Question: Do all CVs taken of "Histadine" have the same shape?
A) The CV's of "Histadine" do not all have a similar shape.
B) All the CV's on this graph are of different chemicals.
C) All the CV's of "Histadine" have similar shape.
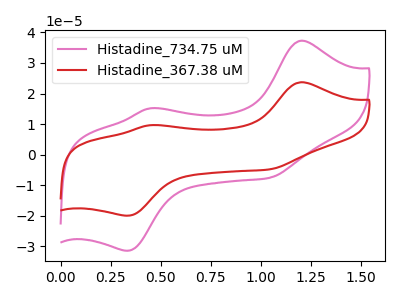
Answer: <think>The pink curve "Histadine_734.75 uM" has anodic peaks at (1.20V, 37.30uA) (0.45V, 15.10uA) and cathodic peaks at (0.35V, -31.45uA) (1.05V, -7.60uA). The red curve "Histadine_367.38 uM" has anodic peaks at (1.20V, 23.70uA) (0.45V, 9.60uA) and cathodic peaks at (0.35V, -20.00uA) (1.05V, -4.80uA).
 All the peaks in "Histadine_734.75 uM" have a peak in "Histadine_367.38 uM" at the same potential. Every peak in "Histadine_734.75 uM" is higher than every peak in "Histadine_367.38 uM".</think>
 <answer>C) All the CV's of "Histadine" have similar shape.</answer>
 <eval>C</eval>